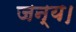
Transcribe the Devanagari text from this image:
जन्य।